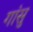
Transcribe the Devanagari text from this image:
गांसु